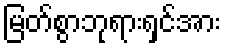
မြတ်စွာဘုရားရှင်အား